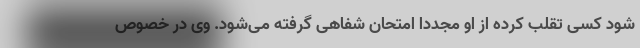
شود کسی تقلب کرده از او مجددا امتحان شفاهی گرفته می‌شود. وی در خصوص